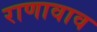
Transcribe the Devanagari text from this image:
राणावाव